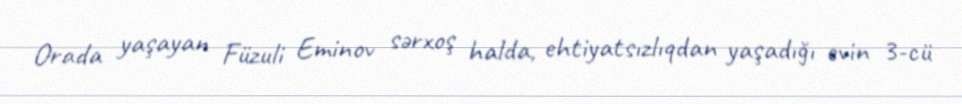
Orada yaşayan Füzuli Eminov sərxoş halda, ehtiyatsızlıqdan yaşadığı evin 3-cü